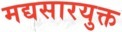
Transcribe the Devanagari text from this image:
मद्यसारयुक्त